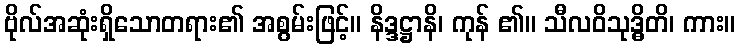
ဗိုလ်အဆုံးရှိသောတရား၏ အစွမ်းဖြင့်။ နိဒ္ဒဋ္ဌာနိ၊ ကုန် ၏။ သီလဝိသုဒ္ဓိတိ၊ ကား။